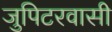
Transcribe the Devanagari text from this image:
जुपिटरवासी